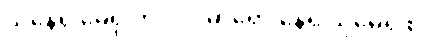
သိနေရု မေရု တိဒိဝါ၊ ဓာရော နေရု သုမေရု စ။